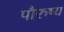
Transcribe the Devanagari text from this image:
पौरुष्य